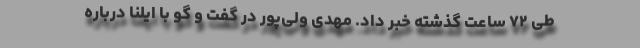
طی ٧٢ ساعت گذشته خبر داد. مهدی ولی‌پور در گفت و گو با ایلنا درباره